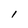
Character: l